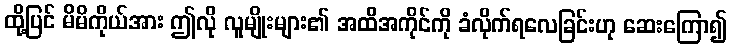
ထို့ပြင် မိမိကိုယ်အား ဤလို လူမျိုးများ၏ အထိအကိုင်ကို ခံလိုက်ရလေခြင်းဟု ဆေးကြော၍